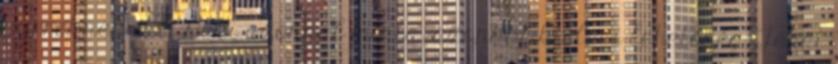
gyereknek árt. Neki azonnal minta, azonnal kiélési lehetőség. Tehát